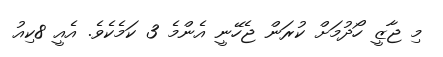
މި ޖާޒީ ހޯދުމަށް ކުރަން ޖެހޭނީ އެންމެ 3 ކަމެކެވެ. އެއީ 8ކިއު